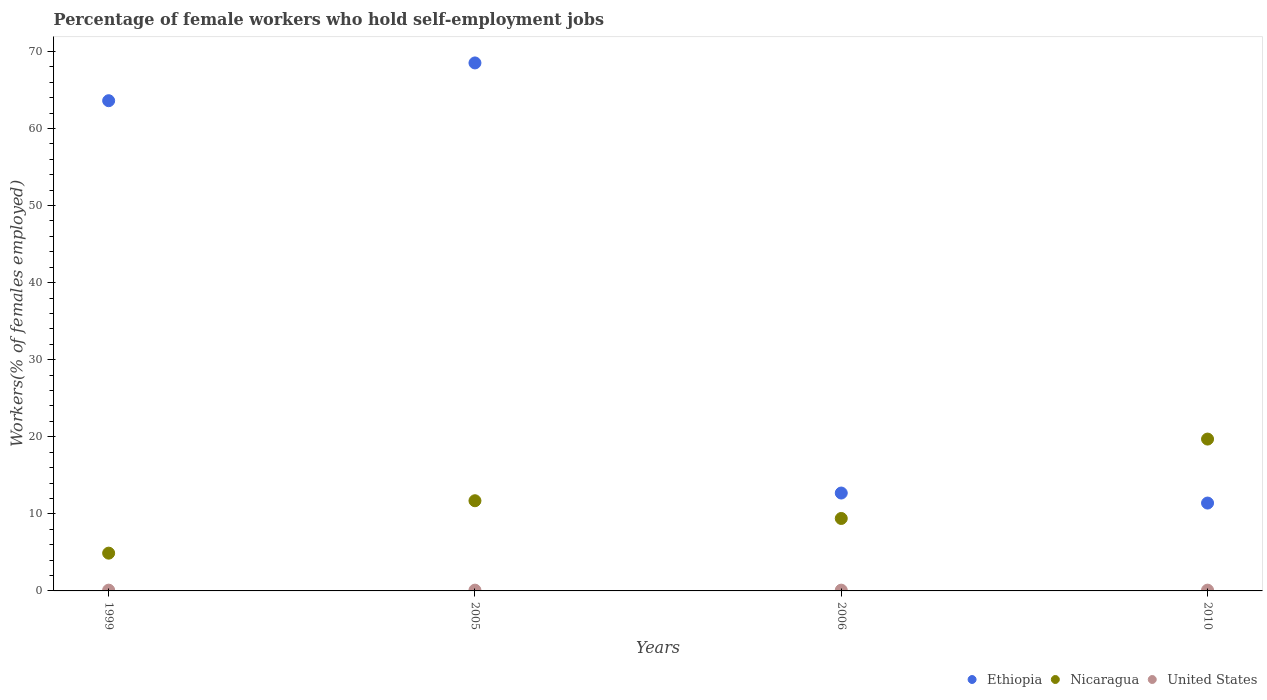
| Years | Ethiopia | Nicaragua | United States |
 | --- | --- | --- | --- |
 | 1999 | 63.6 | 4.9 | 0.1 |
 | 2005 | 68.5 | 11.7 | 0.1 |
 | 2006 | 12.7 | 9.4 | 0.1 |
 | 2010 | 11.4 | 19.7 | 0.1 |